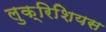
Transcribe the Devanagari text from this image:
लुक्रिशियस